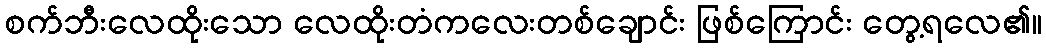
စက်ဘီးလေထိုးသော လေထိုးတံကလေးတစ်ချောင်း ဖြစ်ကြောင်း တွေ့ရလေ၏။